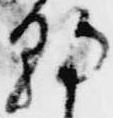
朝